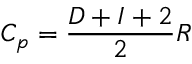
C _ { p } = \frac { D + I + 2 } { 2 } R